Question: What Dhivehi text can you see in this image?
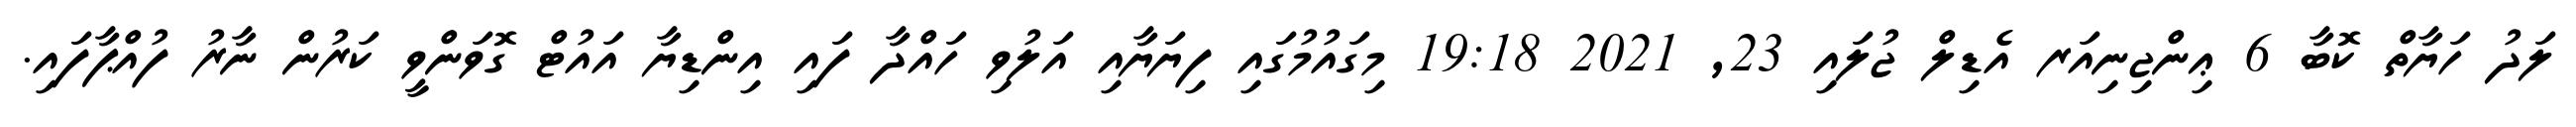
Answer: ލަދު ހަޔާތް ކޮބާ 6 ޢިންޖިނިއަރ އެޑިލް ޖުލައި 23, 2021 19:18 މިގައުމުގައި ފިޔަޔާއި އަލުވި ހައްދާ ފައި އިންޑިޔާ އައުޓް ގޮވަންވީ ކަރުން ނާރު ފުއްޕާފައި.